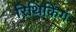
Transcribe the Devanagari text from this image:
रिथिंकिंग